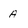
Character: A